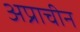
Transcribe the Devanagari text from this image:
अप्राचीन